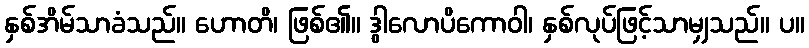
နှစ်အိမ်သာခံသည်။ ဟောတိ၊ ဖြစ်၏။ ဒွါလောပိကောဝါ၊ နှစ်လုပ်ဖြင့်သာမျှသည်။ ပ။